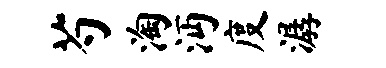
芍淘沔度潺